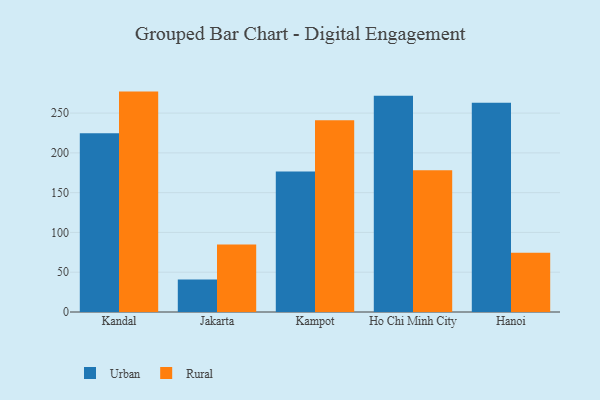
{"axis": {"x": "City", "y": "Shipments"}, "legend": ["Rural", "Urban"], "data": [{"x": "Kandal", "y": 224.8, "type": "Urban"}, {"x": "Kandal", "y": 277.0, "type": "Rural"}, {"x": "Jakarta", "y": 40.9, "type": "Urban"}, {"x": "Jakarta", "y": 84.7, "type": "Rural"}, {"x": "Kampot", "y": 176.5, "type": "Urban"}, {"x": "Kampot", "y": 241.0, "type": "Rural"}, {"x": "Ho Chi Minh City", "y": 271.9, "type": "Urban"}, {"x": "Ho Chi Minh City", "y": 178.0, "type": "Rural"}, {"x": "Hanoi", "y": 263.1, "type": "Urban"}, {"x": "Hanoi", "y": 74.5, "type": "Rural"}]}